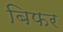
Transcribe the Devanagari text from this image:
बिफर